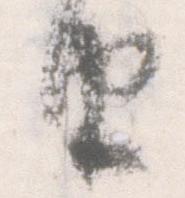
由